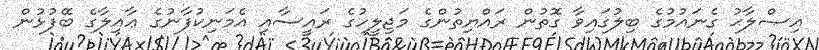
އިޞްލާޙު ގެނައުމުގެ ބިލުގައިވާ ގޮތުން ރައްޔިތުންގެ މަޖިލީހުގެ ރައީސާއި އެމަނިކުފާނުގެ ޢާއިލާގެ ބޭފުޅުން